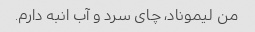
من لیموناد، چای سرد و آب انبه دارم.